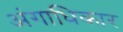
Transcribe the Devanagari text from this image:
अंगाधिकार